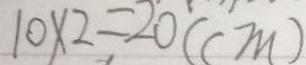
1 0 \times 2 = 2 0 ( c m )